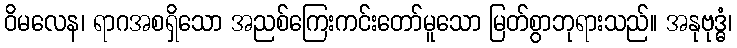
ဝိမလေန၊ ရာဂအစရှိသော အညစ်ကြေးကင်းတော်မူသော မြတ်စွာဘုရားသည်။ အနုဗုဒ္ဓံ၊